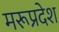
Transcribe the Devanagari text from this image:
मरूप्रदेश